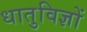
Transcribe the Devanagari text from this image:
धातुविज्ञों